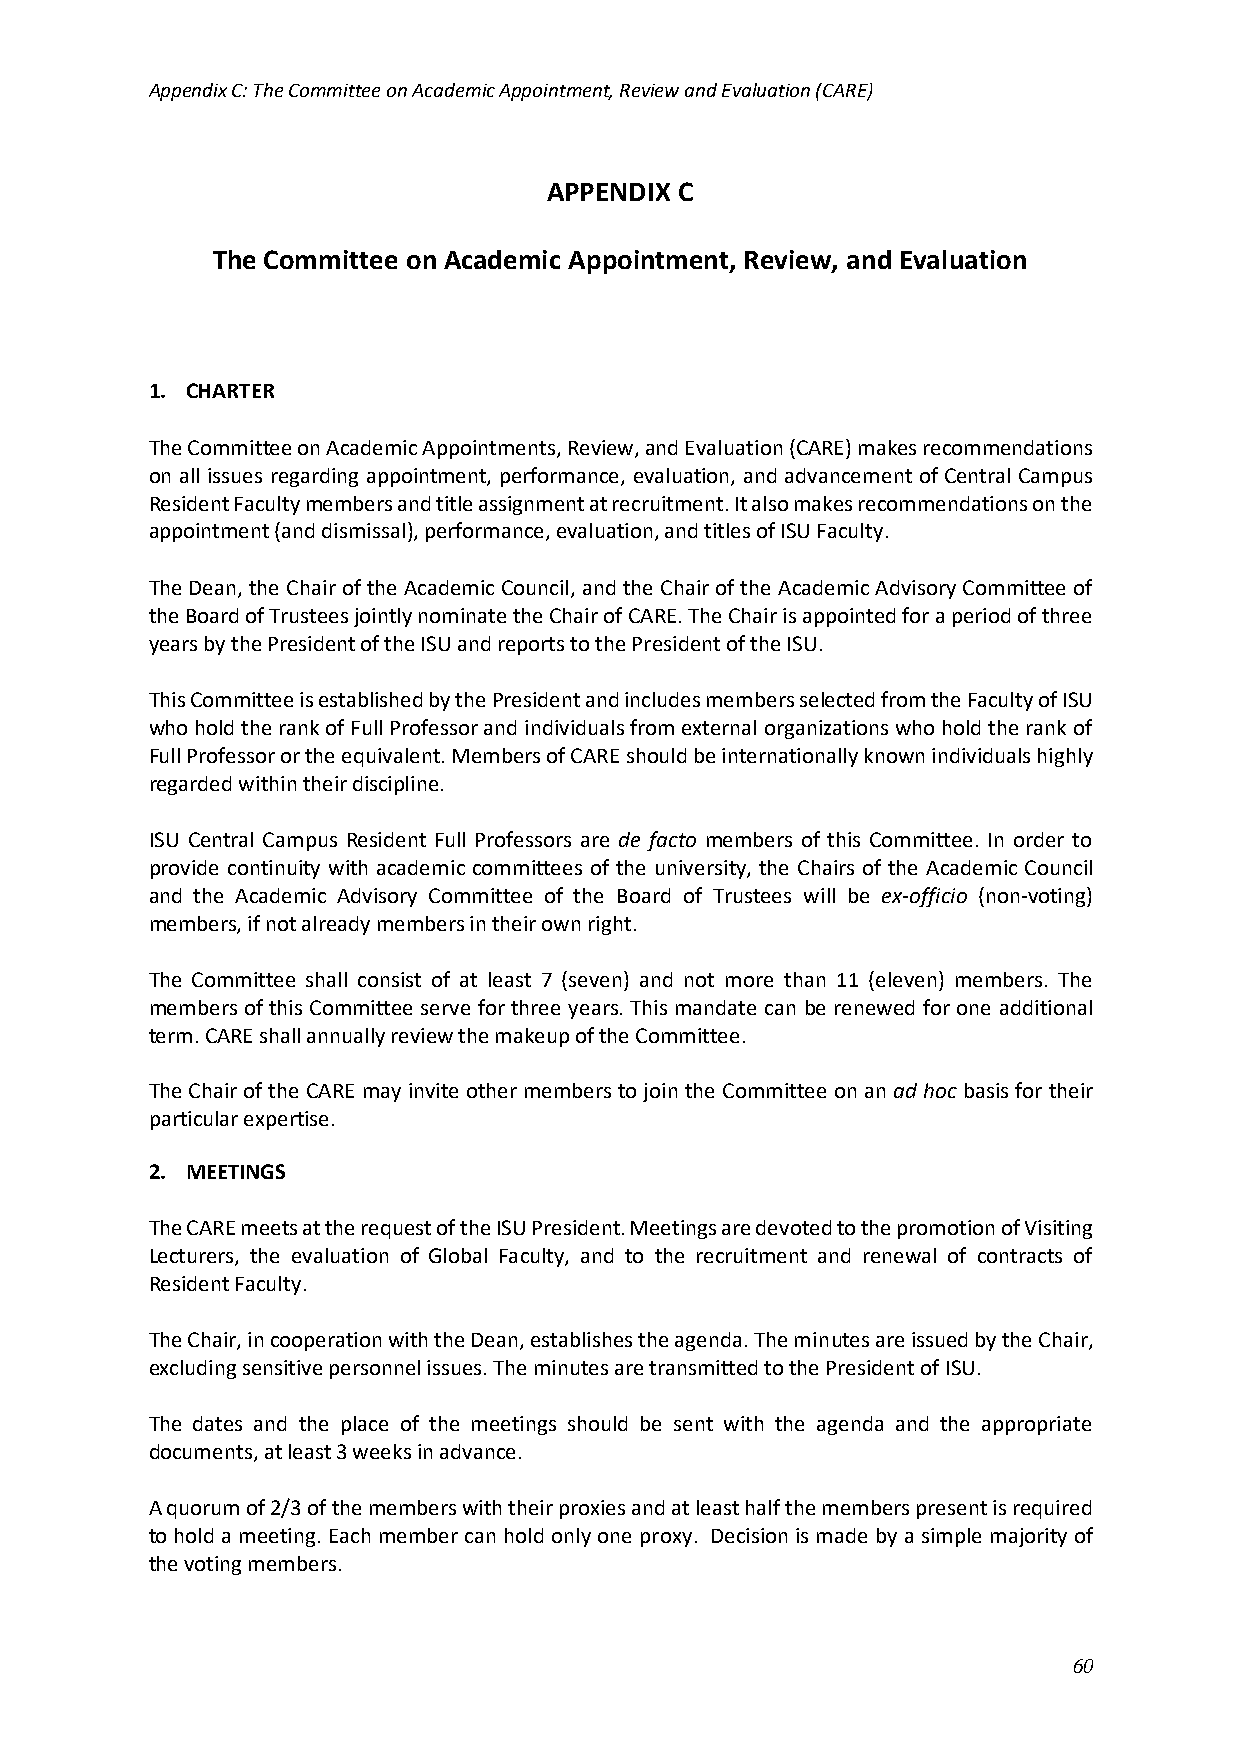
Appendix C: The Committee on Academic Appointment, Review and Evaluation (CARE)
 APPENDIX C
 The Committee on Academic Appointment, Review, and Evaluation
 1. CHARTER
 The Committee on Academic Appointments, Review, and Evaluation (CARE) makes recommendations
 on all issues regarding appointment, performance, evaluation, and advancement of Central Campus
 Resident Faculty members and title assignment at recruitment. It also makes recommendations on the
 appointment (and dismissal), performance, evaluation, and titles of ISU Faculty.
 The Dean, the Chair of the Academic Council, and the Chair of the Academic Advisory Committee of
 the Board of Trustees jointly nominate the Chair of CARE. The Chair is appointed for a period of three
 years by the President of the ISU and reports to the President of the ISU.
 This Committee is established by the President and includes members selected from the Faculty of ISU
 who hold the rank of Full Professor and individuals from external organizations who hold the rank of
 Full Professor or the equivalent. Members of CARE should be internationally known individuals highly
 regarded within their discipline.
 ISU Central Campus Resident Full Professors are de facto members of this Committee. In order to
 provide continuity with academic committees of the university, the Chairs of the Academic Council
 and the Academic Advisory Committee of the Board of Trustees will be ex-officio (non-voting)
 members, if not already members in their own right.
 The Committee shall consist of at least 7 (seven) and not more than 11 (eleven) members. The
 members of this Committee serve for three years. This mandate can be renewed for one additional
 term. CARE shall annually review the makeup of the Committee.
 The Chair of the CARE may invite other members to join the Committee on an ad hoc basis for their
 particular expertise.
 2. MEETINGS
 The CARE meets at the request of the ISU President. Meetings are devoted to the promotion of Visiting
 Lecturers, the evaluation of Global Faculty, and to the recruitment and renewal of contracts of
 Resident Faculty.
 The Chair, in cooperation with the Dean, establishes the agenda. The minutes are issued by the Chair,
 excluding sensitive personnel issues. The minutes are transmitted to the President of ISU.
 The dates and the place of the meetings should be sent with the agenda and the appropriate
 documents, at least 3 weeks in advance.
 A quorum of 2/3 of the members with their proxies and at least half the members present is required
 to hold a meeting. Each member can hold only one proxy. Decision is made by a simple majority of
 the voting members.
 60